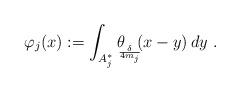
LaTeX: \begin{align*}\varphi_{j}(x):=\int_{A_{j}^{\ast}}\theta_{\!\!\!_{\frac{\delta}{4m_{j}}}}\!\!(x-y)\,dy~.\end{align*}